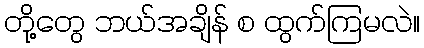
တို့တွေ ဘယ်အချိန် စ ထွက်ကြမလဲ။